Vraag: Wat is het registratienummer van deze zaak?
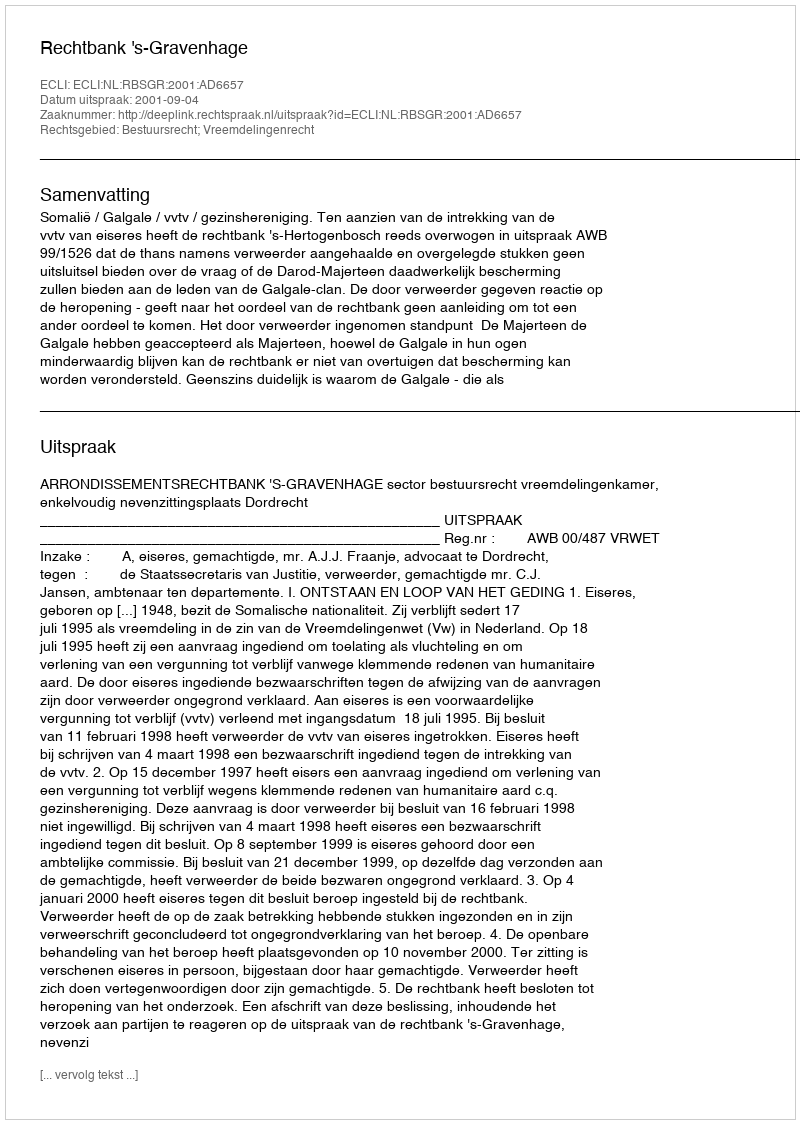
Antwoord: http://deeplink.rechtspraak.nl/uitspraak?id=ECLI:NL:RBSGR:2001:AD6657